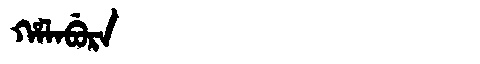
Manchu: ᡥᠠᠯᠠᠪᡠᡵᠠ
Romanization: HALABURA